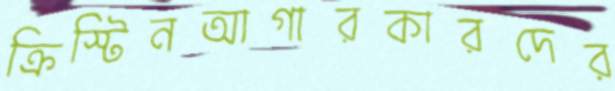
ক্রিস্টিনআগারকারদের